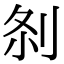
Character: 𠛴